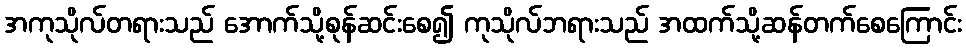
အကုသိုလ်တရားသည် အောက်သို့စုန်ဆင်းစေ၍ ကုသိုလ်ဘရားသည် အထက်သို့ဆန်တက်စေကြောင်း